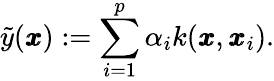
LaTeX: \tilde{y}(\pmb{x}):=\sum_{i=1}^{p}\alpha_{i}k(\pmb{x},\pmb{x}_{i}).